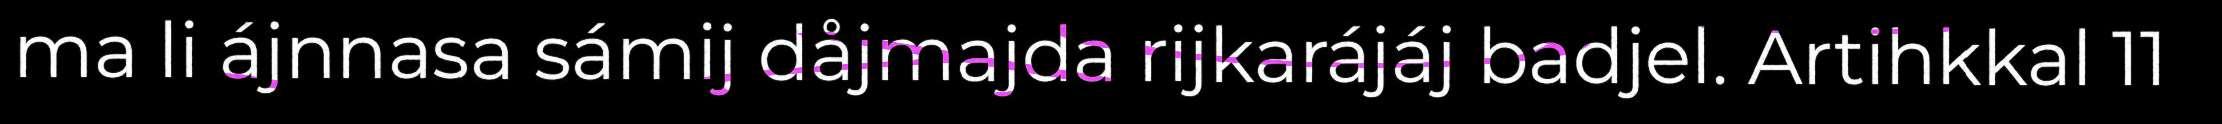
ma li ájnnasa sámij dåjmajda rijkarájáj badjel. Artihkkal 11